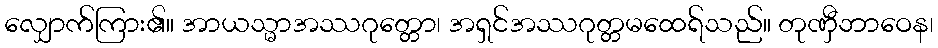
လျှောက်ကြား၏။ အာယသ္မာအဿဂုတ္တော၊ အရှင်အဿဂုတ္တမထေရ်သည်။ တုဏှီဘာဝေန၊